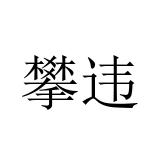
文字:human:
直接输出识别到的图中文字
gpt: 攀违